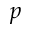
p